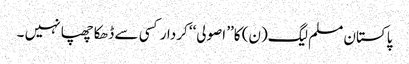
پاکستان مسلم لیگ(ن) کا’’ اصولی‘‘ کردار کسی سے ڈھکا چھپا نہیں ۔